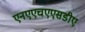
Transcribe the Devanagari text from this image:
एनएएचएएसडीए